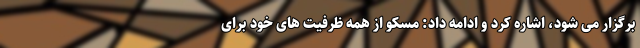
برگزار می شود، اشاره کرد و ادامه داد: مسکو از همه ظرفیت های خود برای